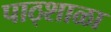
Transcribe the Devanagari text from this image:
पाठ्शाळा